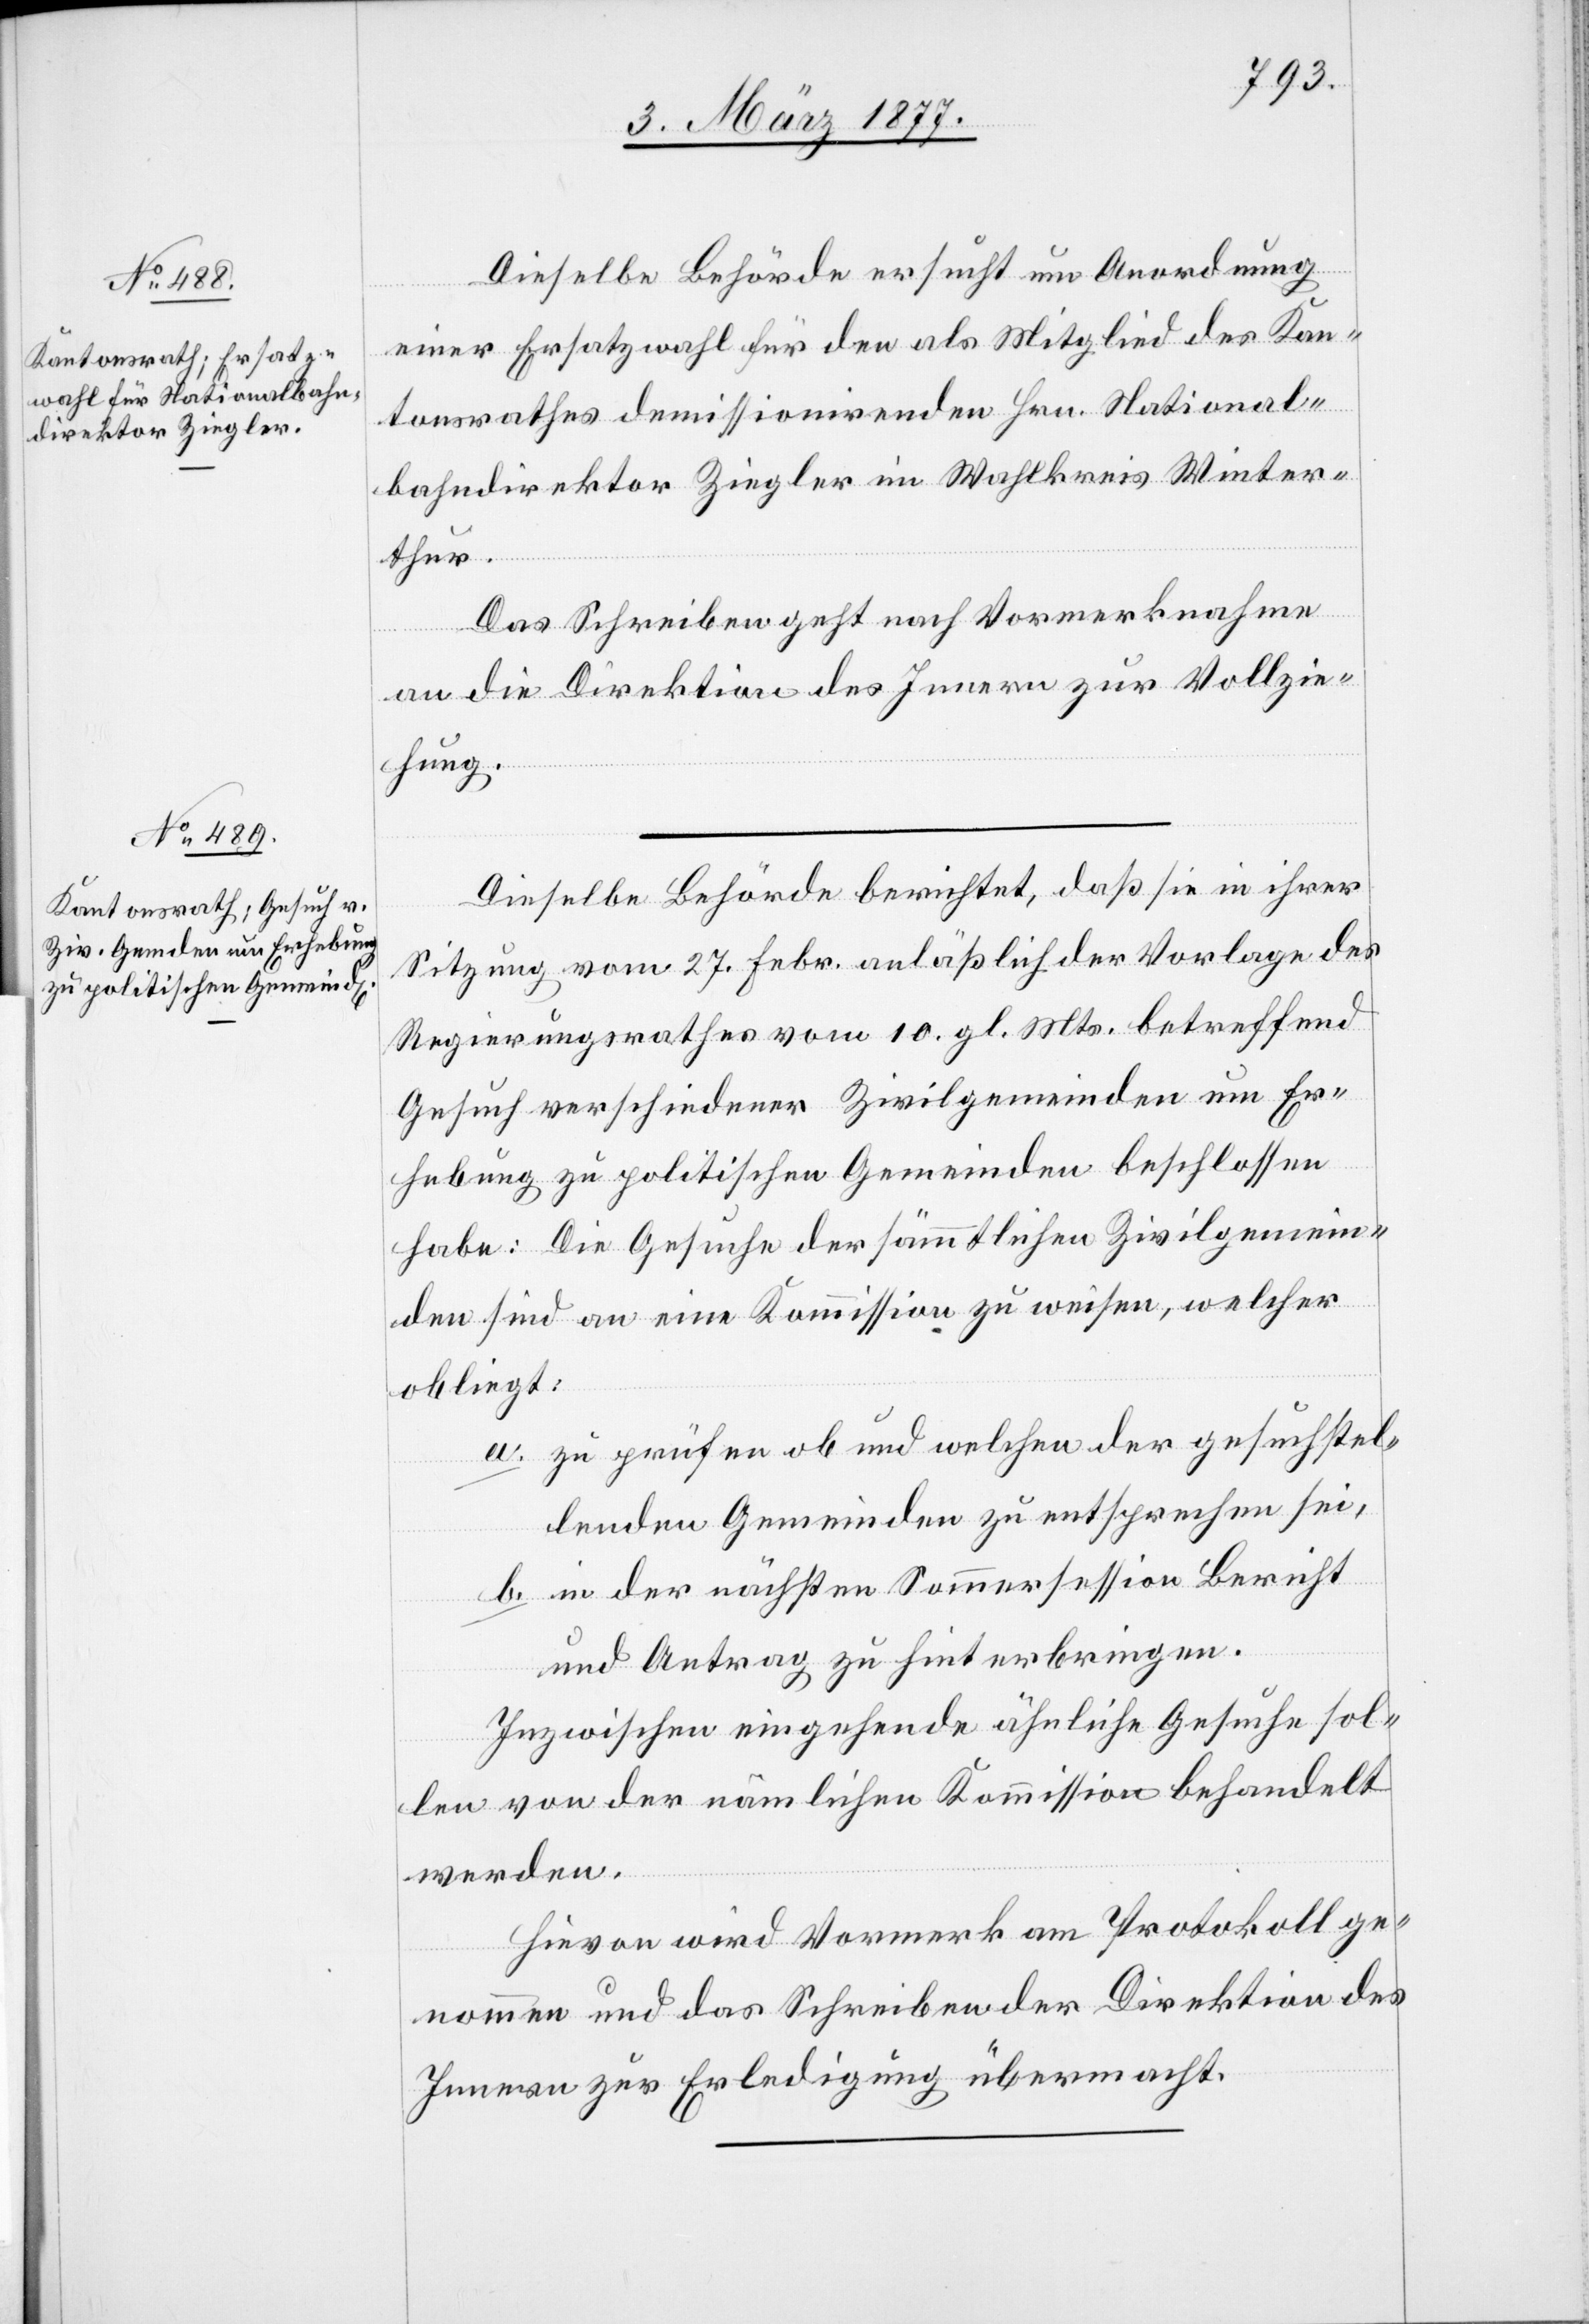
Dieselbe Behörde ersucht um Anordnung
einer Ersatzwahl für den als Mitglied des Kan¬
tonsrathes demissionirenden Hrn. National¬
bahndirektor Ziegler im Wahlkreis Winter¬
thur.
Das Schreiben geht nach Vormerknahme
an die Direktion des Innern zur Vollzie¬
hung.
Dieselbe Behörde berichtet, daß sie in ihrer
Sitzung vom 27. Febr. anläßlich der Vorlage des
Regierungsrathes vom 10. gl. Mts. betreffend
Gesuch verschiedener Zivilgemeinden um Er¬
hebung zu politischen Gemeinden beschlossen
habe: Die Gesuche der sämmtlichen Zivilgemein¬
den sind an eine Kommission zu weisen, welcher
obliegt:
a. zu prüfen ob und welchen der gesuchstel¬
lenden Gemeinden zu entsprechen sei,
b. in der nächsten Sommersession Bericht
und Antrag zu hinterbringen.
Inzwischen eingehende ähnliche Gesuche sol¬
len von der nämlichen Kommission behandelt
werden.
Hievon wird Vormerk am Protokoll ge¬
nommen und das Schreiben der Direktion des
Innern zur Erledigung übermacht.